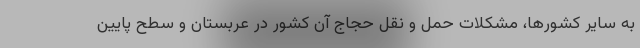
به سایر کشورها، مشکلات حمل و نقل حجاج آن کشور در عربستان و سطح پایین